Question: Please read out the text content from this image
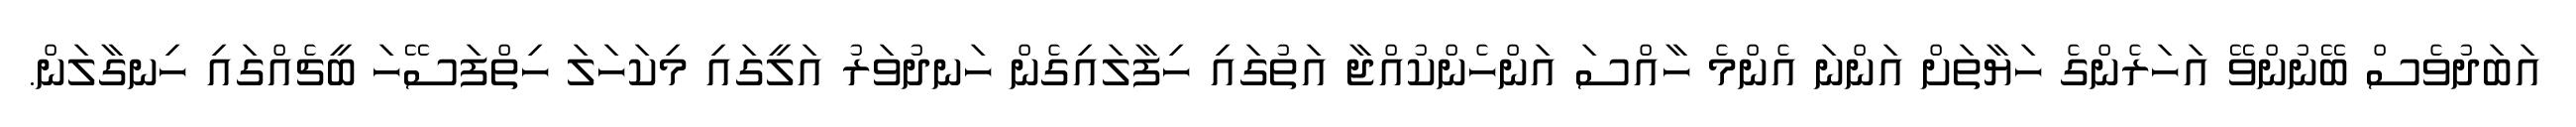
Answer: އަބަދުވެސް ބޭނުންވޭ އަހަރެންގެ ހަޔާތަށް އަންނަ އެންމެ ހާއްސަ އަންހެންކުއްޖާ އަތުގައި ހިފާލައިގެން ހަނދުވަރު އަލީގައި މިކަހަލަ ހިތްފަސޭހަ ބީޗެއްގައި ހިނގާލަން.